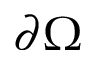
\partial \Omega